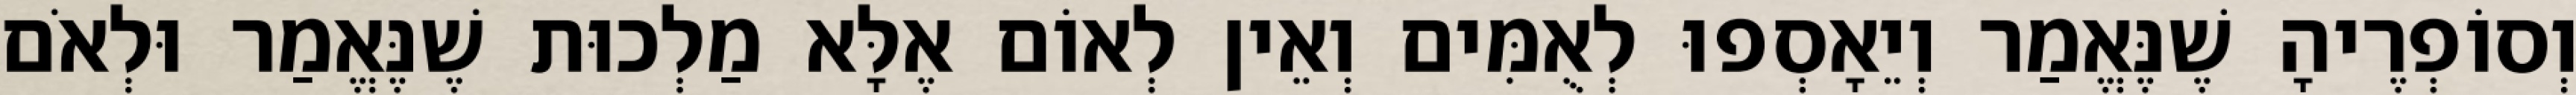
וְסוֹפְרֶיהָ שֶׁנֶּאֱמַר וְיֵאָסְפוּ לְאֻמִּים וְאֵין לְאוֹם אֶלָּא מַלְכוּת שֶׁנֶּאֱמַר וּלְאֹם